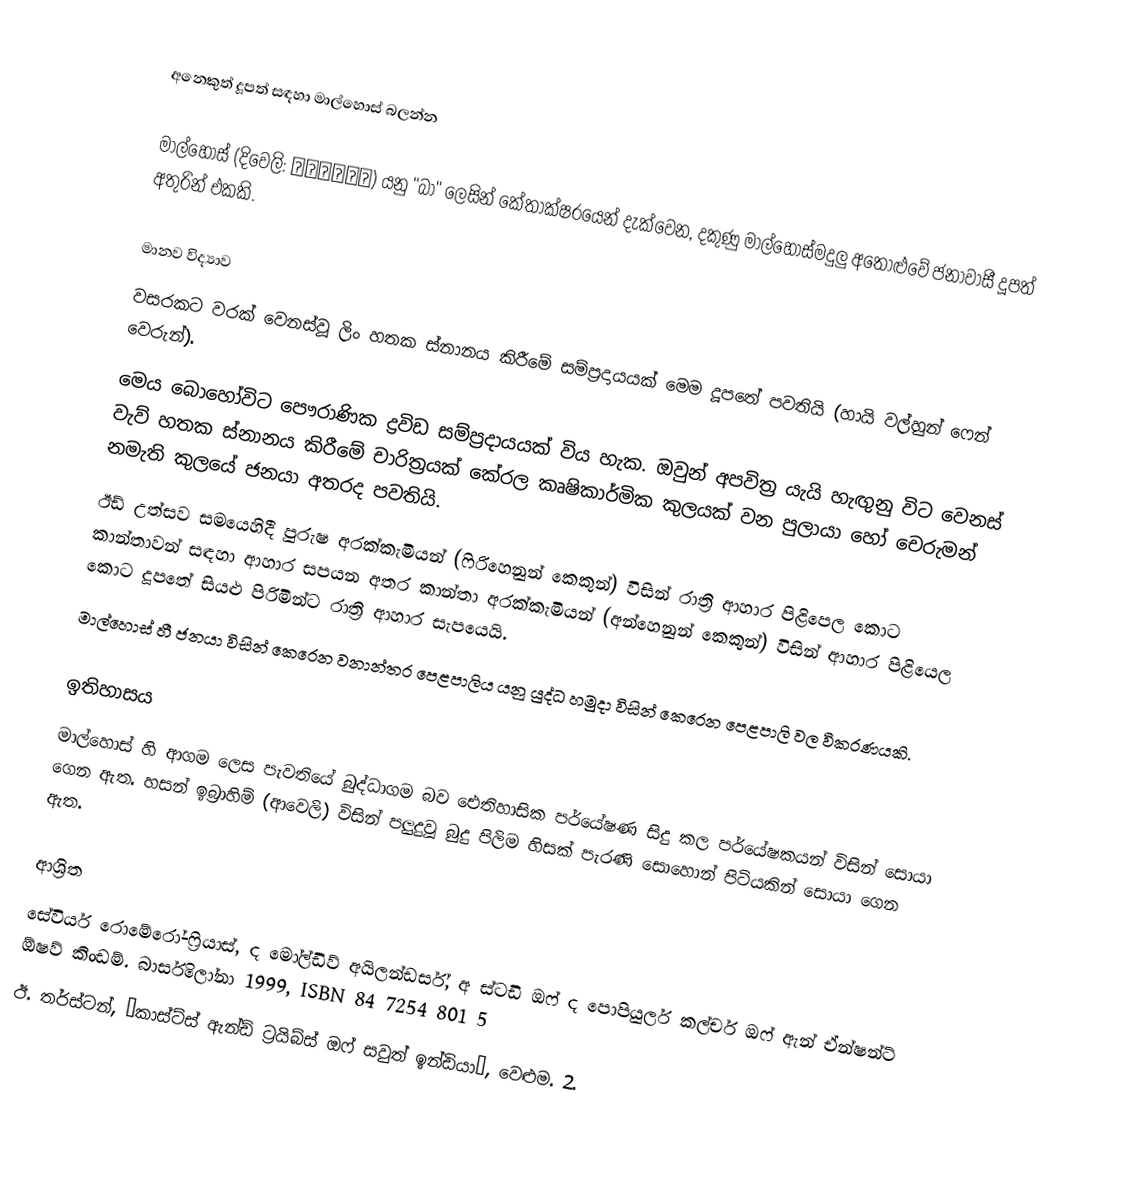
අනෙකුත් දූපත් සඳහා මාල්හොස් බලන්න

මාල්හොස් (දිවෙලි: މާޅޮސް) යනු "බා" ලෙසින් කේතාක්ෂරයෙන් දැක්වෙන,  දකුණු මාල්හොස්මදුලු අතොළුවේ  ජනාවාසී දූපත් අතුරින් එකකි.

මානව විද්‍යාව
වසරකට වරක් වෙනස්වූ ලිං හතක ස්නානය කිරීමේ සම්ප්‍රදායයක් මෙම දූපතේ පවතියි (හායි වල්හුන් ෆෙන් වෙරුන්).
මෙය බොහෝවිට පෞරාණික ද්‍රවිඩ සම්ප්‍රදායයක් විය හැක. ඔවුන් අපවිත්‍ර යැයි හැඟුනු විට වෙනස් වැව් හතක ස්නානය කිරීමේ  චාරිත්‍රයක් කේරල කෘෂිකාර්මික කුලයක් වන  පුලායා හෝ චෙරුමන් නමැති කුලයේ ජනයා අතරද පවතියි.
ඊඩ් උත්සව සමයෙහිදී පුරුෂ අරක්කැමියන් (ෆිරිහෙනුන් කෙකුන්) විසින් රාත්‍රි ආහාර පිළිපෙල කොට කාන්තාවන් සඳහා ආහාර සපයන අතර කාන්තා අරක්කැමියන් (අන්හෙනුන් කෙකුන්) විසින් ආහාර පිළියෙල කොට දූපතේ සියළු පිරිමින්ට රාත්‍රි ආහාර සැපයෙයි.
මාල්හොස් හී ජනයා විසින් කෙරෙන වනාන්තර පෙළපාලිය යනු යුද්ධ හමුදා විසින් කෙරෙන පෙළපාලි වල විකරණයකි.

ඉතිහාසය
මාල්හොස් හි ආගම ලෙස පැවතියේ බුද්ධාගම බව ඓතිහාසික පර්යේෂණ සිදු කල පර්යේෂකයන් විසින් සොයා ගෙන ඇත. හසන් ඉබ්‍රාහිම් (ආවෙලි) විසින් පලුදුවූ බුදු පිලිම හිසක් පැරණි සොහොන් පිටියකින්  සොයා ගෙන ඇත.

ආශ්‍රිත
සේවියර් රොමේරෝ-ෆ්‍රියාස්, ද මෝල්ඩිව් අයිලන්ඩර්ස්, අ ස්ටඩි ඔෆ් ද පොපියුලර් කල්චර් ඔෆ් ඇන් ඒන්ෂන්ට් ඕෂව් කිංඩම්. බාර්සිලෝනා 1999, ISBN 84 7254 801 5
ඊ. තර්ස්ටන්, ‘කාස්ට්ස් ඇන්ඩ් ට්‍රයිබ්ස් ඔෆ් සවුත් ඉන්ඩියා’, වෙළුම. 2.